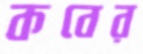
কবের